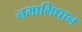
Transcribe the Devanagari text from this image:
नमाभिधान